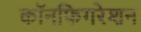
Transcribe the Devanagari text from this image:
कॉनफिगरेशन